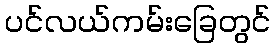
ပင်လယ်ကမ်းခြေတွင်